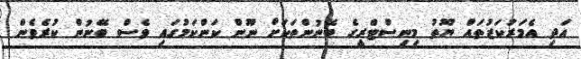
އަދި އެމަރުކަޒުތައް ޔޫތު މިނިސްޓްރީގެ ބޭނުންތަކަށް ނޫން ކަންކަމުގައި ވެސް ބޭނުން ކުރެވެން